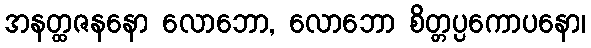
အနတ္ထဇနနော လောဘော, လောဘော စိတ္တပ္ပကောပနော၊